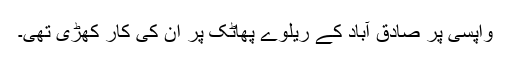
واپسی پر صادق آباد کے ریلوے پھاٹک پر ان کی کار کھڑی تھی۔